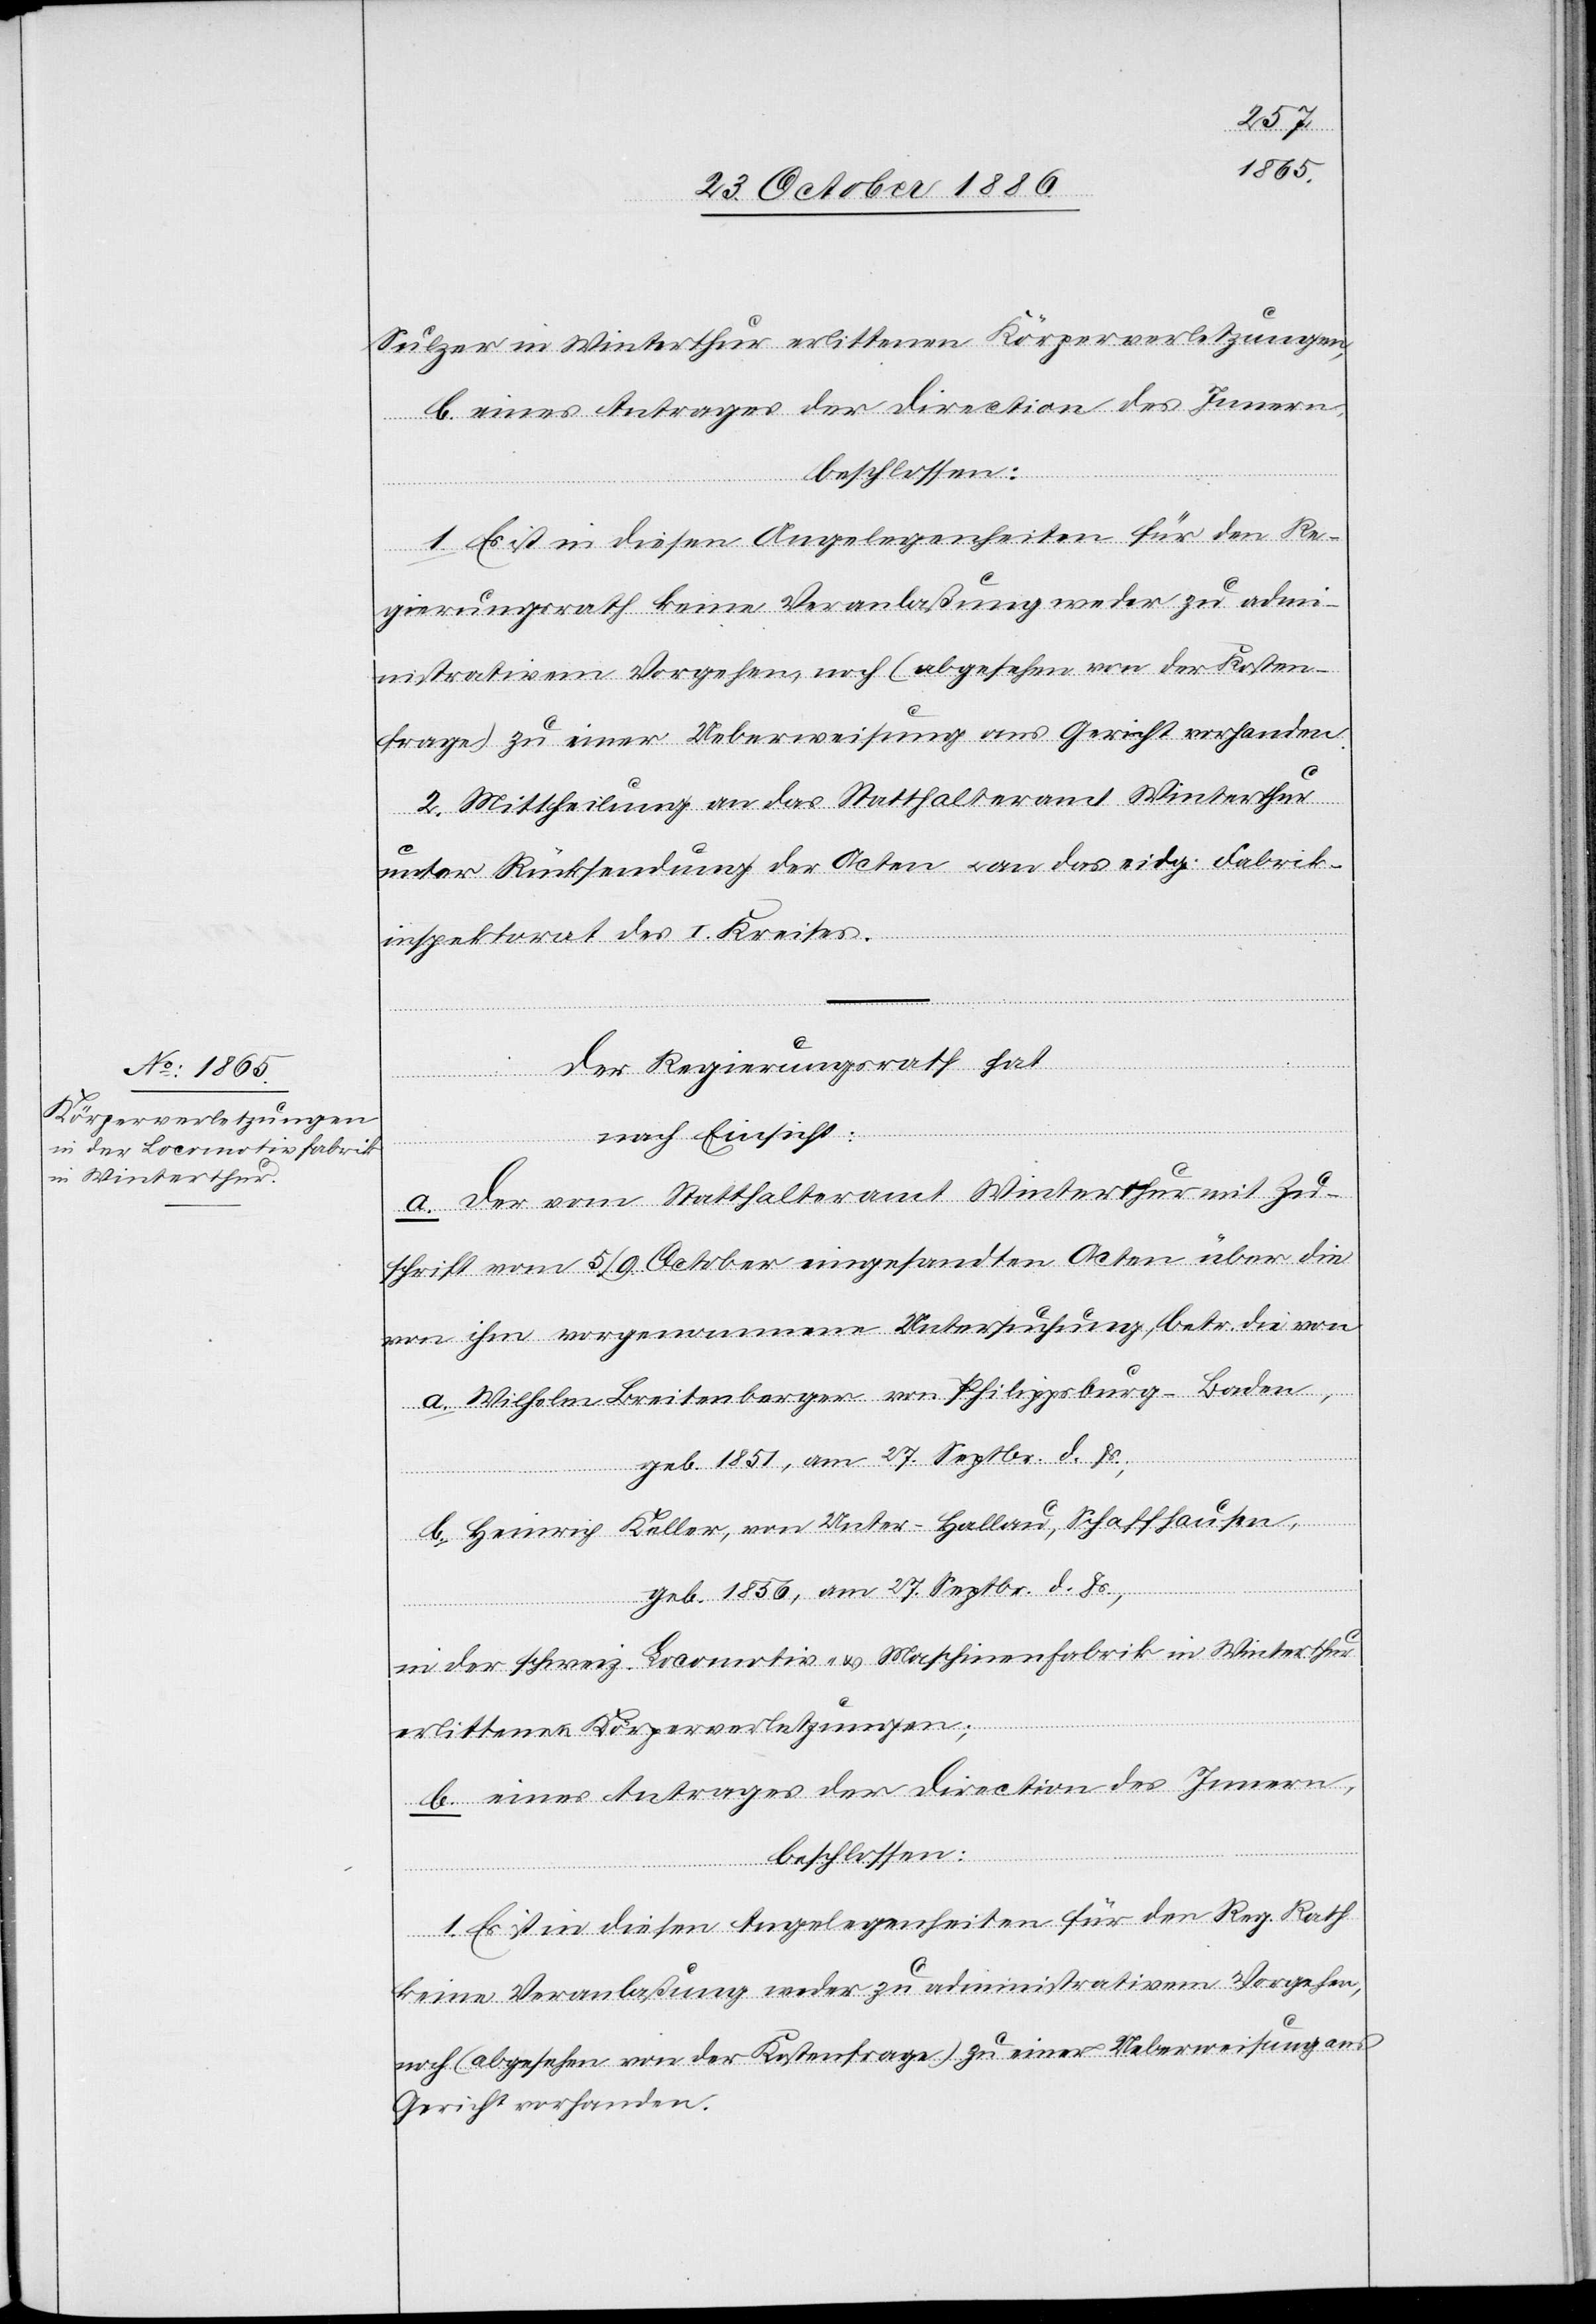
Sulzer in Winterthur erlittenen Körperverletzungen,
b. eines Antrages der Direction des Innern,
beschlossen:
1. Es ist in diesen Angelegenheiten für den Re¬
gierungsrath keine Veranlaßung weder zu adm¬
inistrativem Vorgehen, noch (abgesehen von der Kosten¬
frage) zu einer Ueberweisung ans Gericht vorhanden.
2. Mittheilung an das Statthalteramt Winterthur
unter Rücksendung der Acten & an das eidg. Fabrik¬
inspektorat des I. Kreises.
Der Regierungsrath hat
nach Einsicht:
a. der vom Statthalteramt Winterthur mit Zu¬
schrift vom 5./9. October eingesandten Acten über die
von ihm vorgenommene Untersuchung, betr. die von
Wilhelm Breitenberger von Philippsburg - Baden,
geb. 1851, am 27. Septbr. d. Js.,
b. Heinrich Keller, von Unter-Hallau, Schaffhausen,
geb. 1856, am 27. Septbr. d. Js.,
in der schweiz. Locomotiv- & Maschinenfabrik in Winterthur
erlittenen Körperverletzungen;
b. eines Antrages der Direction des Innern,
beschlossen:
1. Es ist in diesen Angelegenheiten für den Reg. Rath
keine Veranlaßung weder zu administrativem Vorgehen,
noch (abgesehen von der Kostenfrage) zu einer Ueberweisung ans
Gericht vorhanden.